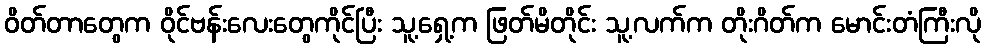
ဝိတ်တာတွေက ဝိုင်ဗန်းလေးတွေကိုင်ပြီး သူ့ရှေ့က ဖြတ်မိတိုင်း သူ့လက်က တိုးဂိတ်က မောင်းတံကြီးလို